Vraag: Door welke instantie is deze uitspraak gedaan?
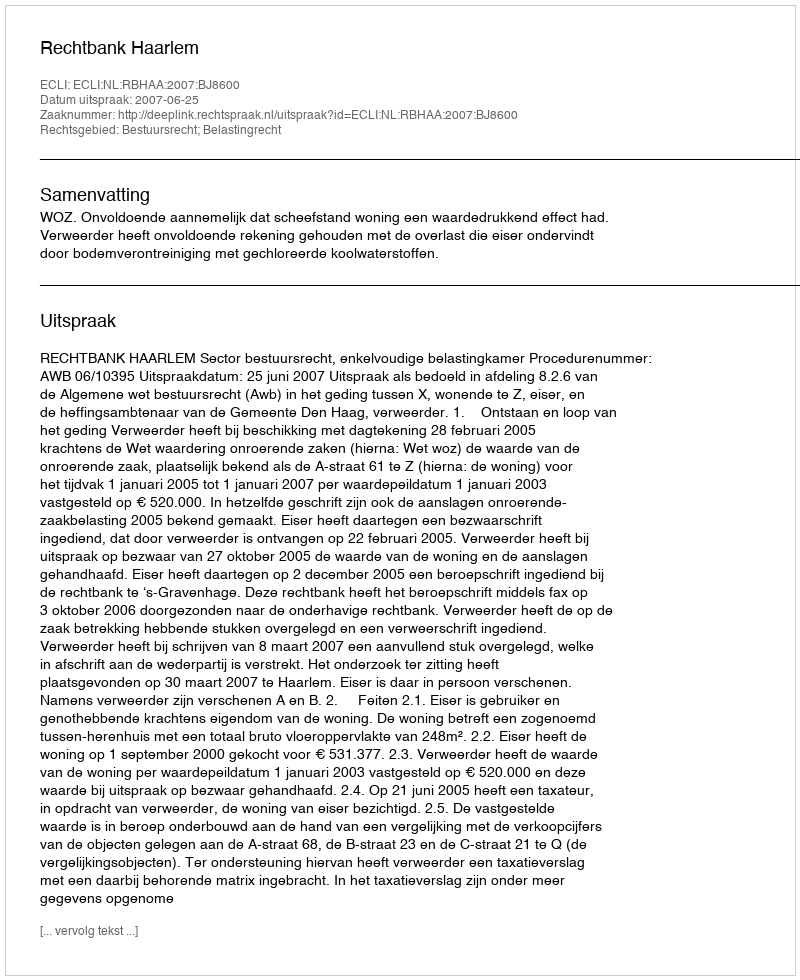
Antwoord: Rechtbank Haarlem